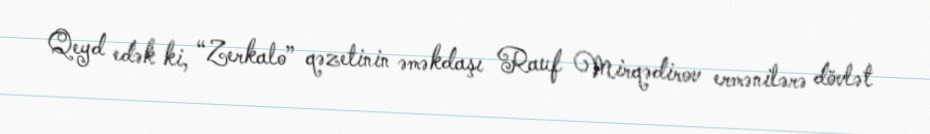
Qeyd edək ki, “Zerkalo” qəzetinin əməkdaşı Rauf Mirqədirov ermənilərə dövlət